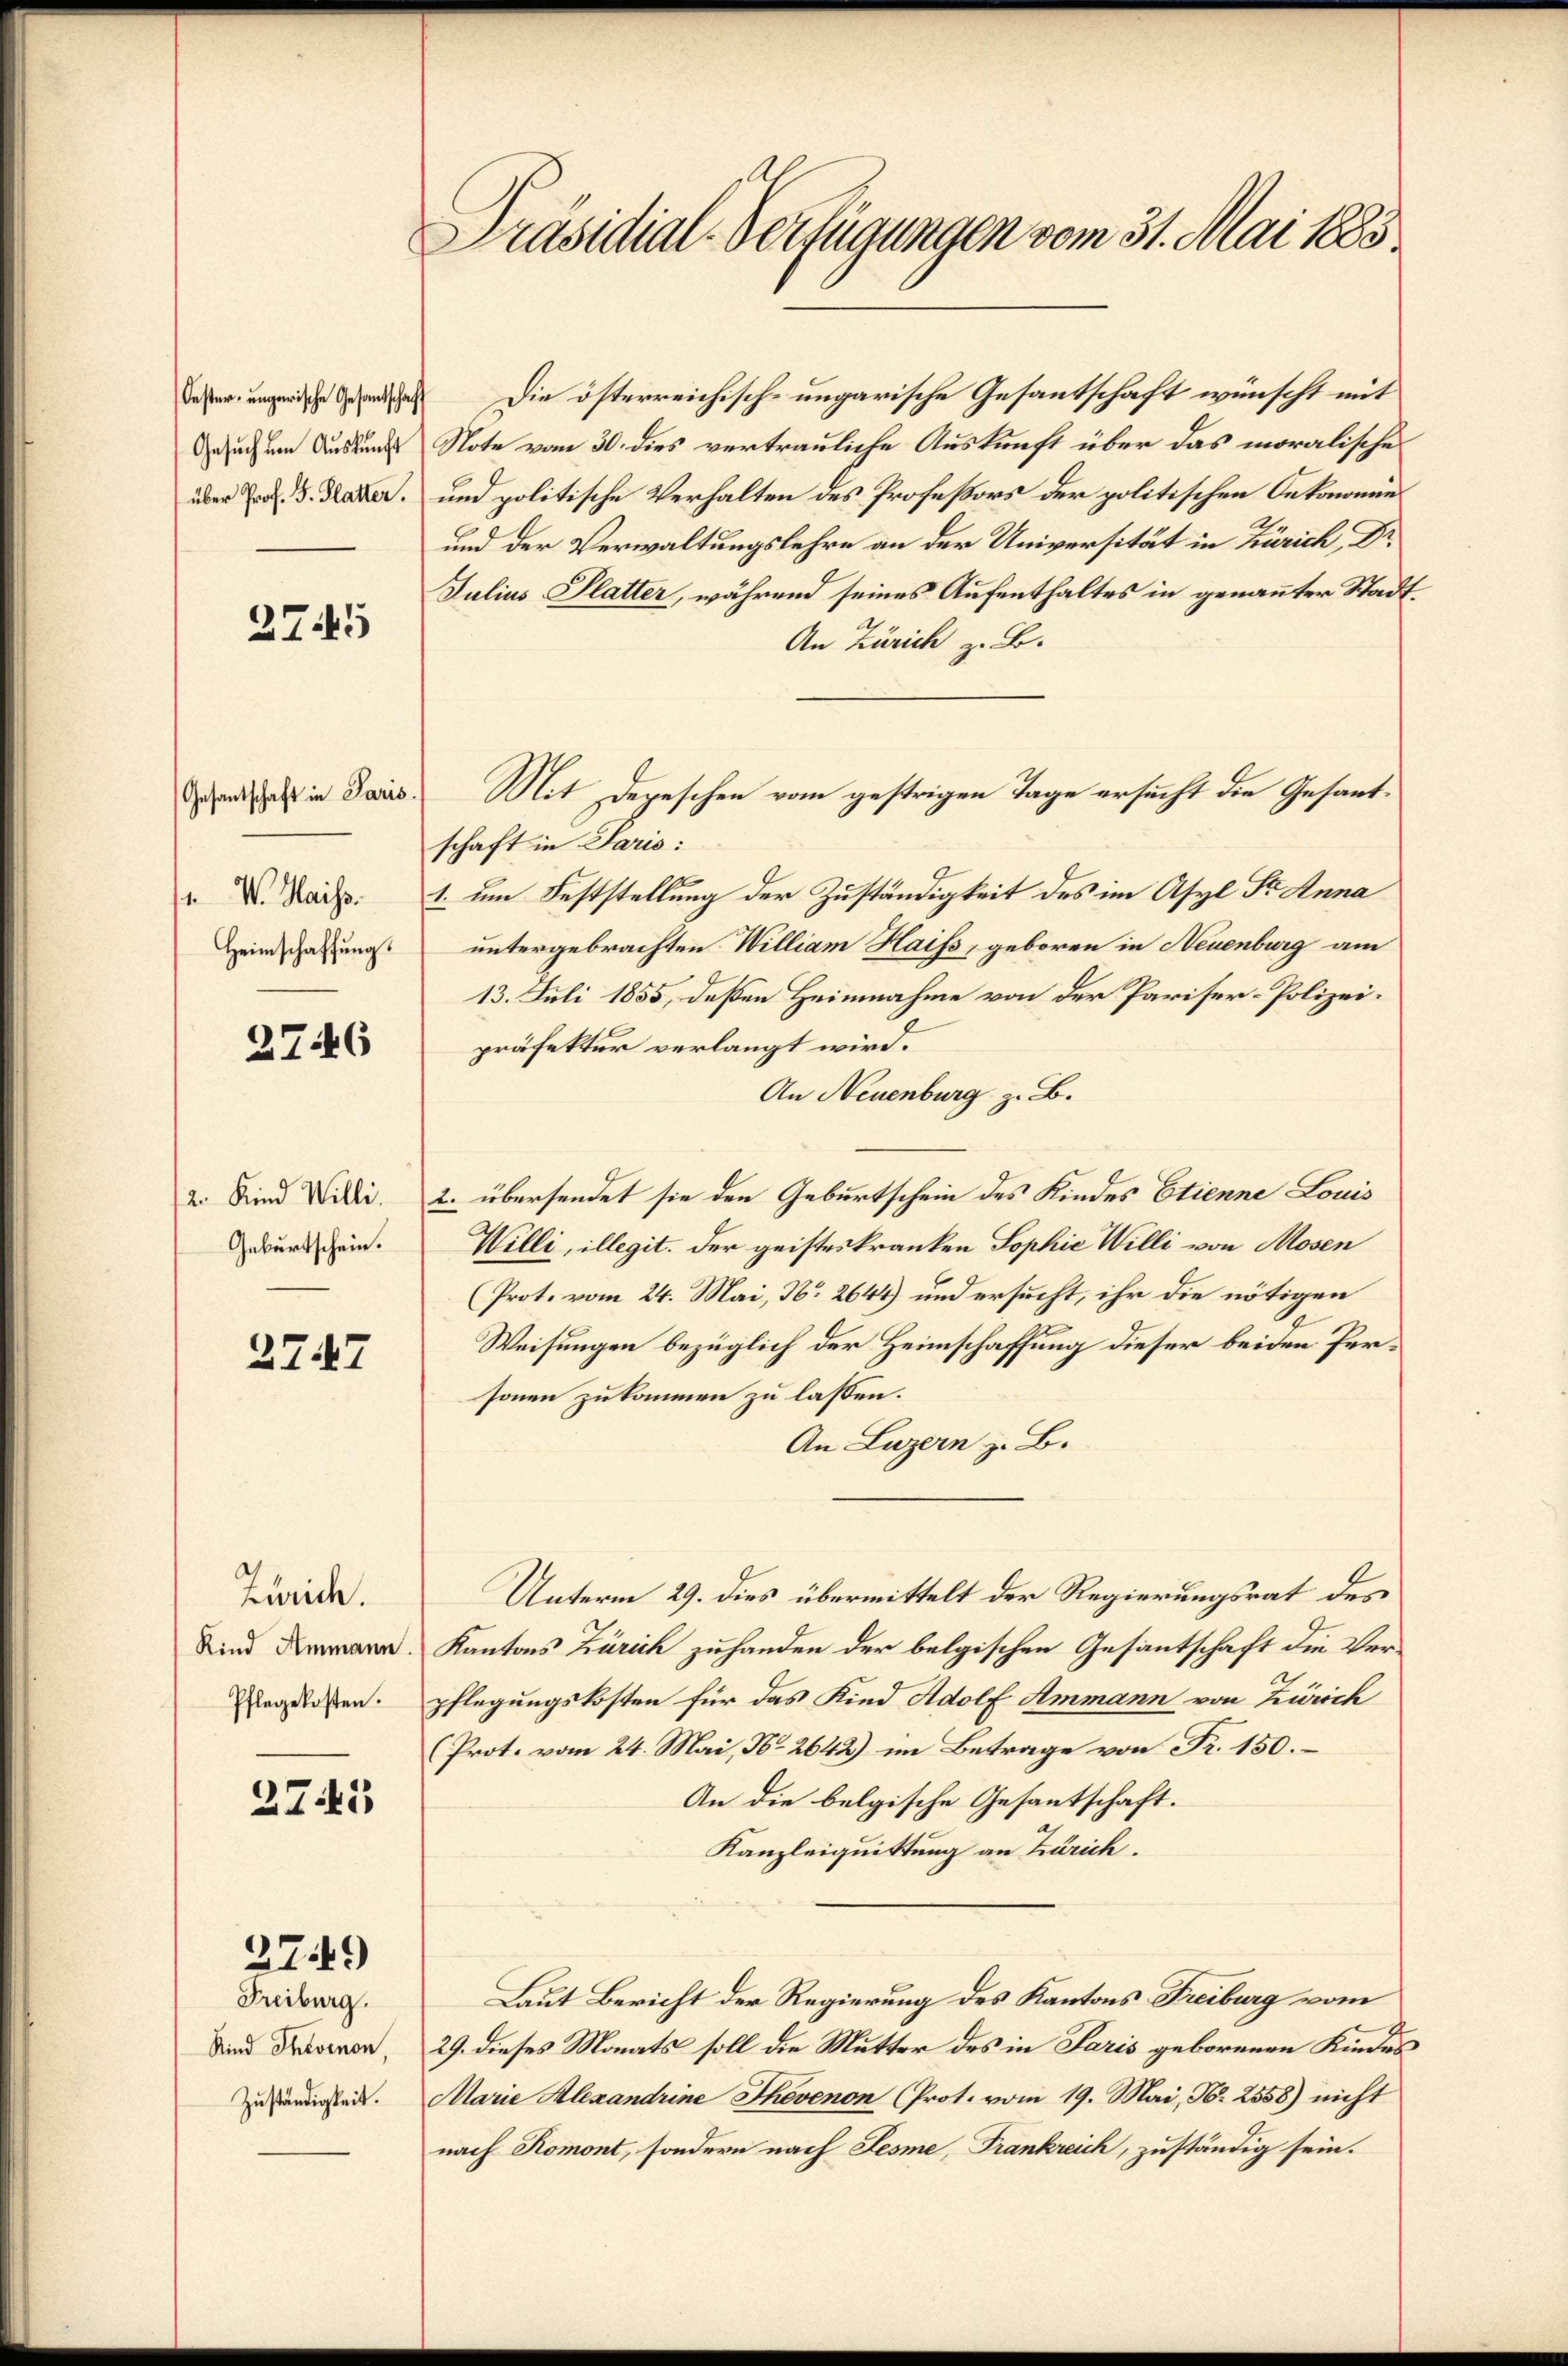
Oester- ungarische Gesantschaf
Gesuch um Auskunft
über Prof. J. Platter.

2745

Gesantschaft in Paris
V. Haiss.
Heimschaffung.

2746

2. Kind Willi
Geburtschein.

2747

Zürich.
Kind Ammann.
Pflegekosten.

2741

27.49

Freiburg.
Kind Thevenon,
Zuständigkeit.

Präsidial-Verfügungen vom 31. Mai 1883.

Die österreichisch-ungarische Gesantschaft wünscht mit
Note vom 30. dies vertrauliche Auskunft über das moralische
und politische Verhalten des Professors der politischen Oekonomie¬
und der Verwaltungslehre an der Universität in Zürich, Dr
Julius Platter, während seines Aufenthaltes in genannter Stadt
An Zürich z. B.
schaft in Paris:
1. um Feststellung der Zuständigkeit des im Asyl Dr. Anna
untergebrachten William Haiss, geboren in Neuenburg am
13. Juli 1855, deßen Heimnahme von der Pariser-Polizeipräfektur verlangt wird.
An Neuenburg z. B.
2. übersendet sie den Geburtschein des Kindes Etienne Louis
Willi, illegit. Der geisteskranken Sophie Willi von Mosen
(Prot. vom 24. Mai, No 264) und ersucht, ihr die nötigen
Weisungen bezüglich der Heimschaffung dieser beiden Personen zukommen zu lassen.
An Luzern z. B.
Unterm 29. dies übermittelt der Regierungsrat des
Kantons Zürich zuhanden der belgischen Gesantschaft die Verpflegungskosten für das Kind Adolf Ammann von Zürich
(Prot. vom 24. Mai, No 2642) im Betrage von Fr. 150.
An die belgische Gesantschaft.
Kanzleiquittung an Zürich.
Laut Bericht der Regierung des Kantons Freiburg vom
29. dieses Monats soll die Mutter des in Paris geborenen Kindes
Marie Alexandrine Thevenon (Prot. vom 19. Mai, N. 2558) nicht
nach Romont, sondern nach Sesme, Frankreich, zuständig sein.

Mit Depeschen vom gestrigen Tage ersucht die Gesant¬